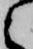
之